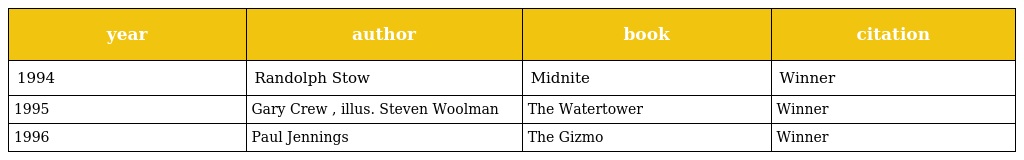
| year | author | book | citation |
 | --- | --- | --- | --- |
 | 1994 | Randolph Stow | Midnite | Winner |
 | 1995 | Gary Crew , illus. Steven Woolman | The Watertower | Winner |
 | 1996 | Paul Jennings | The Gizmo | Winner |